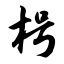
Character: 枵